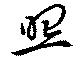
照